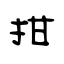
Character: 拑